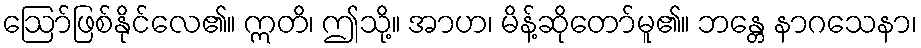
ဩော်ဖြစ်နိုင်လေ၏။ ဣတိ၊ ဤသို့။ အာဟ၊ မိန့်ဆိုတော်မူ၏။ ဘန္တေ နာဂသေနာ၊